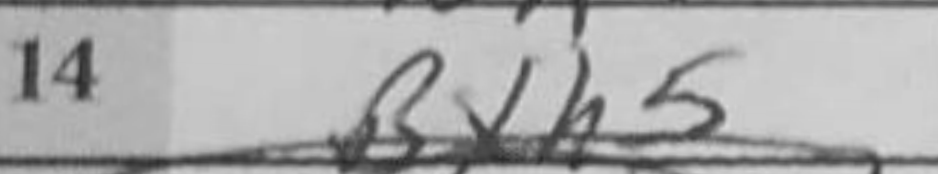
Transcription: Bxh5